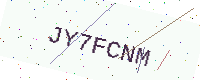
Text: JY7FCNM